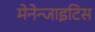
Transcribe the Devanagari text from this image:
मेनेन्जाइटिस